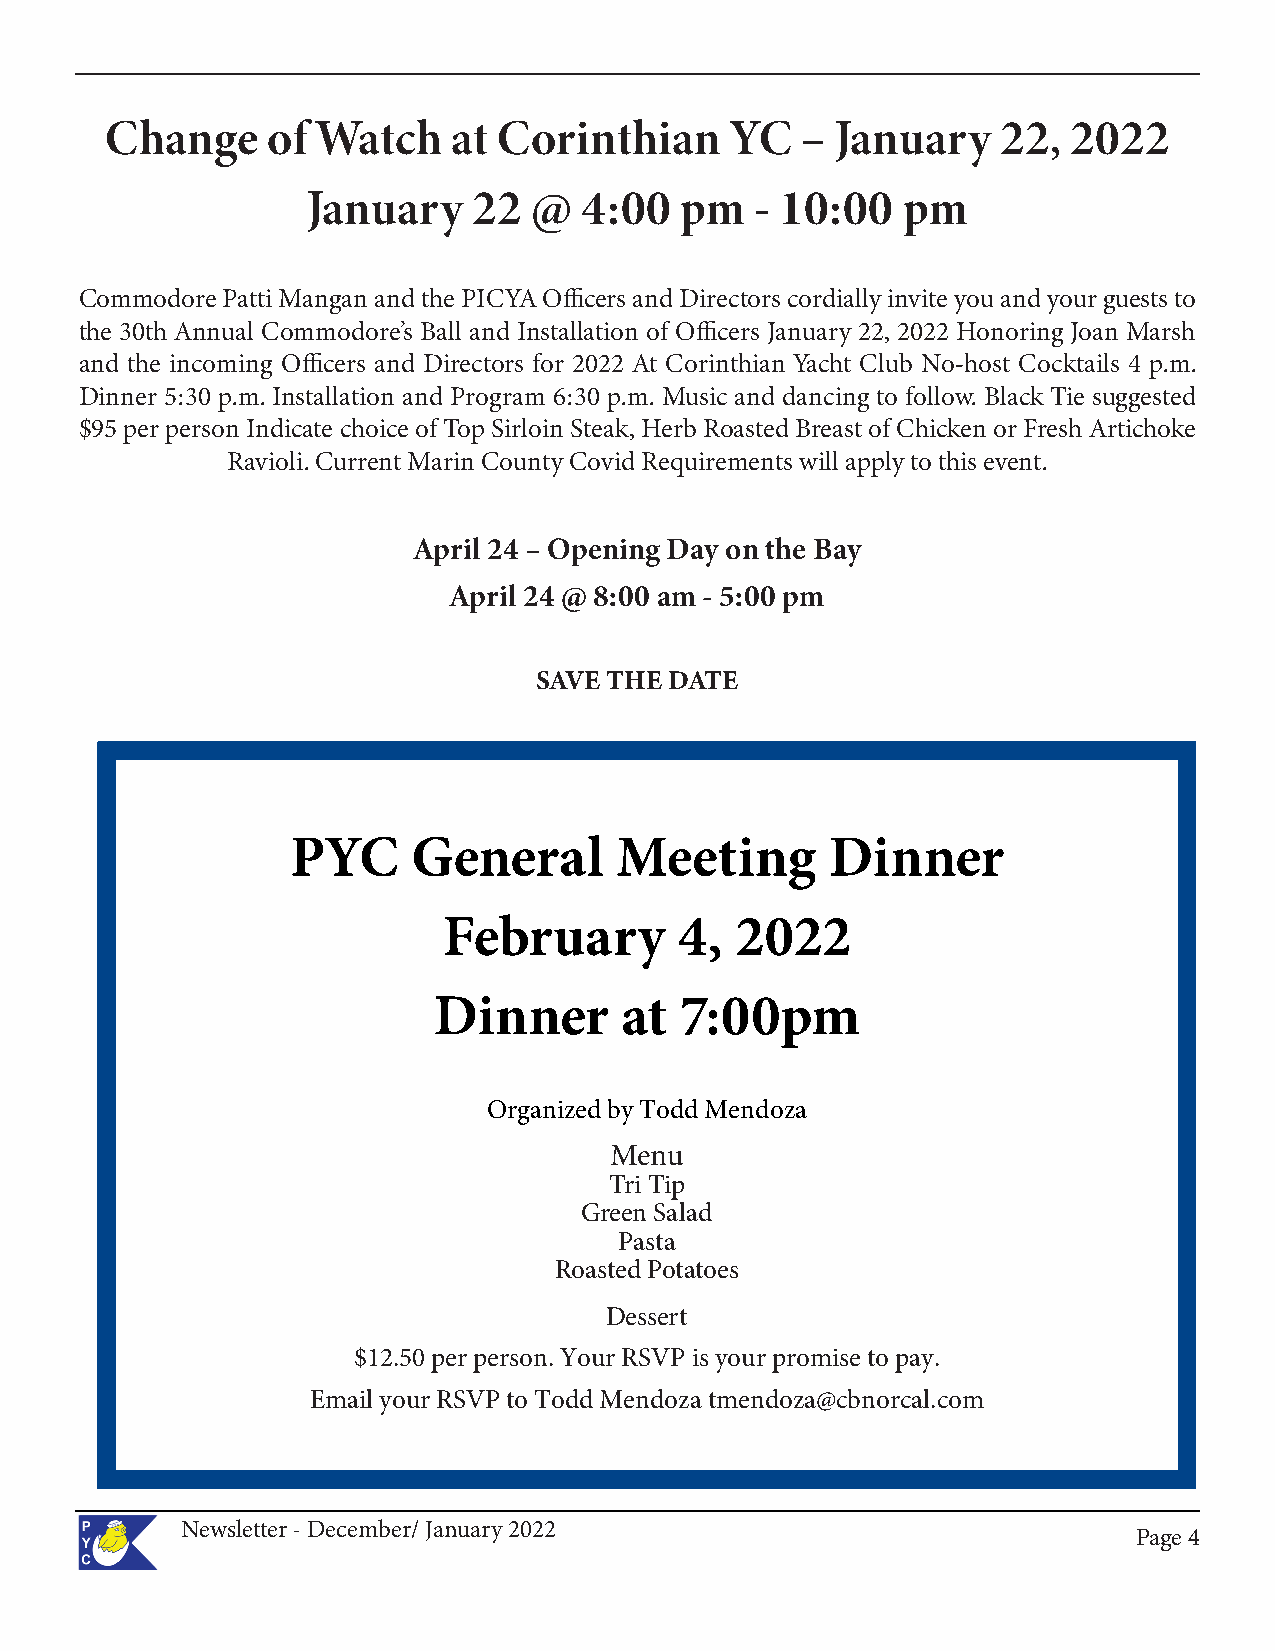
Change     of Watch    at Corinthian     YC   – January    22,  2022
 January    22  @   4:00  pm   - 10:00   pm
 Commodore Patti Mangan and the PICYA Officers and Directors cordially invite you and your guests to
 the 30th Annual Commodore’s Ball and Installation of Officers January 22, 2022 Honoring Joan Marsh
 and the incoming Officers and Directors for 2022 At Corinthian Yacht Club No-host Cocktails 4 p.m.
 Dinner 5:30 p.m. Installation and Program 6:30 p.m. Music and dancing to follow. Black Tie suggested
 $95 per person Indicate choice of Top Sirloin Steak, Herb Roasted Breast of Chicken or Fresh Artichoke
 Ravioli. Current Marin County Covid Requirements will apply to this event.
 April 24 – Opening Day on the Bay
 April 24 @ 8:00 am - 5:00 pm
 SAVE THE DATE
 PYC     General       Meeting       Dinner
 February        4,  2022
 Dinner      at  7:00pm
 Organized by Todd Mendoza
 Menu
 Tri Tip
 Green Salad
 Pasta
 Roasted Potatoes
 Dessert
 $12.50 per person. Your RSVP is your promise to pay.
 Email your RSVP to Todd Mendoza tmendoza@cbnorcal.com
 Newsletter - December/ January 2022
 PPaaggee 44